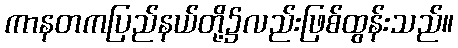
ကာနတကပြည်နယ်တို့၌လည်းဖြစ်ထွန်းသည်။